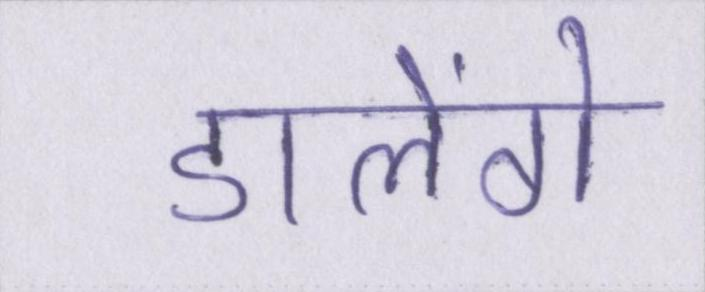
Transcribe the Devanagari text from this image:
डालेंगे